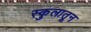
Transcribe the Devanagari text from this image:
स्कुलातून